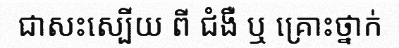
ជាសះស្បើយ ពី ជំងឺ ឬ គ្រោះថ្នាក់